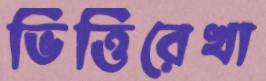
ভিত্তিরেখা